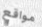
مواقع